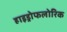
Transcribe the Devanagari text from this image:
हाइड्रोफलोरिक